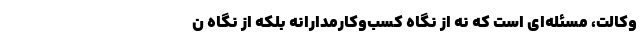
وکالت، مسئله‌ای است که نه از نگاه کسب‌وکار‌مدارانه بلکه از نگاه ن